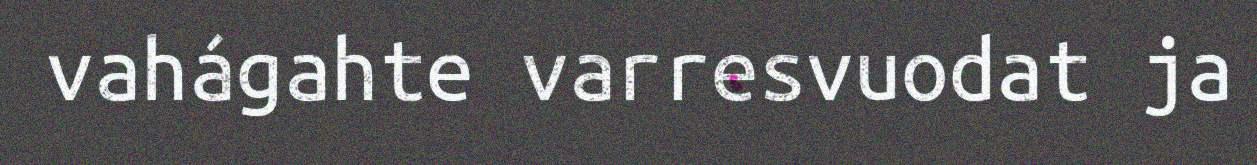
vahágahte varresvuodat ja